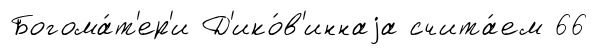
Богома́т'ер'и Д'ико́в'иннаjа счита́ем 66